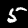
Label: 5